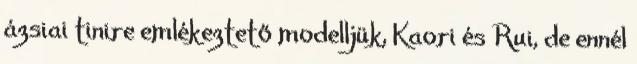
ázsiai tinire emlékeztető modelljük, Kaori és Rui, de ennél